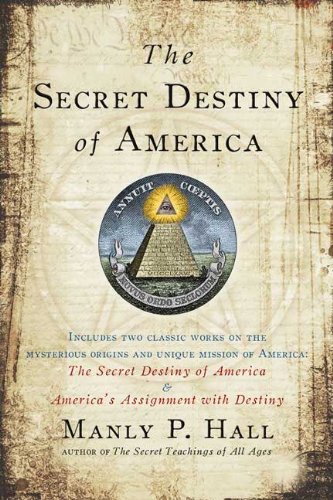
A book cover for The Secret Destiny of America; Manly P. Hall; Religion & Spirituality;